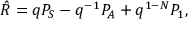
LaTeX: \hat { R } = q { \cal P } _ { S } - q ^ { - 1 } { \cal P } _ { A } + q ^ { 1 - N } { \cal P } _ { 1 } ,